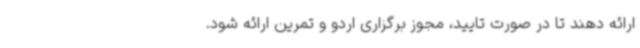
ارائه دهند تا در صورت تایید، مجوز برگزاری اردو و تمرین ارائه شود.